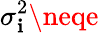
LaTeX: \sigma_{\mathbf{i}}^{2}\neqe